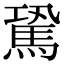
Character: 𩢽